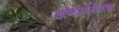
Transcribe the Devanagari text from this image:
ठाण्यापर्यंतचा